Preliminary report on the development of the Leishman-Donovan body in the bed bug - Number 27
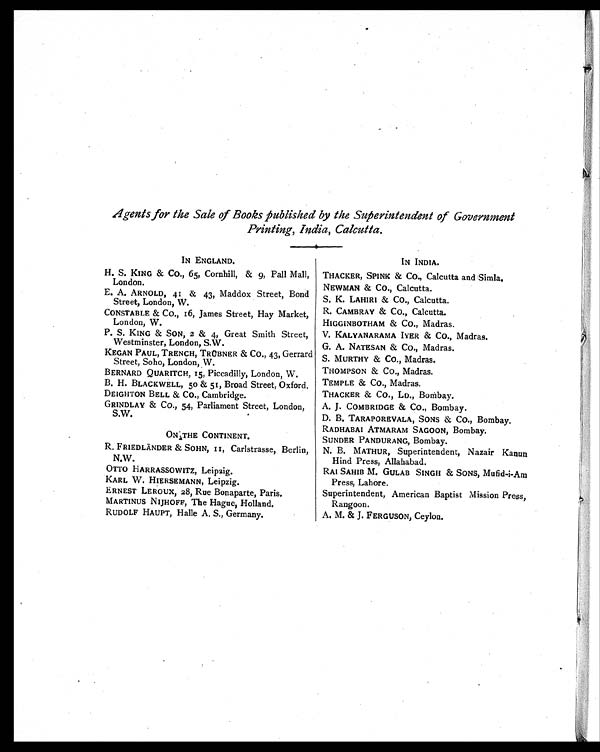
Agents for the Sale of Books published by the Superintendent of Government
Printing, India, Calcutta.
IN ENGLAND.
H. S. KING & Co., 65, Cornhill, & 9, Pall Mall,
London.
E. A. ARNOLD, 41 & 43, Maddox Street, Bond
Street, London, W.
CONSTABLE & CO., 16, James Street, Hay Market,
London, W.
P. S. KING & SON, 2 & 4, Great Smith Street,
Westminster, London, S.W.
KEGAN PAUL, TRENCH, TRÜBNER & Co., 43, Gerrard
Street, Soho, London, W.
BERNARD QUARITCH, 15, Piccadilly, London, W.
B. H. BLACKWELL, 5o & 51, Broad Street, Oxford.
DEIGHTON BELL & CO., Cambridge.
GR1NDLAY & CO., 54, Parliament Street, London,
S.W.
ON THE CONTINENT.
R. FRIEDLÄNDER & SOHN, II, Carlstrasse, Berlin,
N.W.
OTTO HARRASSOWITZ, Leipzig.
KARL W. HIERSEMANN, Leipzig.
ERNEST LEROUX, 28, Rue Bonaparte, Paris.
MARTINUS NIJHOFF, The Hague, Holland.
RUDOLF HAUPT, Halle A. S., Germany.
IN INDIA.
THACKER, SPINK & CO., Calcutta and Simla.
NEWMAN & Co., Calcutta.
S. K. LAHIRI & CO., Calcutta.
R. CAMBRAY & CO., Calcutta.
HIGGINBOTHAM & Co., Madras.
V. KALYANARAMA IYER & Co., Madras.
G. A. NATESAN & Co., Madras.
S. MURTHY & Co., Madras.
THOMPSON & CO., Madras.
TEMPLE & CO., Madras.
THACKER & Co., LD., Bombay.
A. J. COMBRIDGE & CO., Bombay.
D. B. TARAPOREVALA, SONS & Co., Bombay.
RADHABAI ATMARAM SAGOON, Bombay.
SUNDER PANDURANG, Bombay.
N. B. MATHUR, Superintendent, Nazair Kanun
Hind Press, Allahabad.
RAI SAHIB M. GULAB SINGH & SONS, Mufid-i-Am
Press, Lahore.
Superintendent, American Baptist Mission Press,
Rangoon.
A. M. & J. FERGUSON, Ceylon.